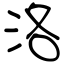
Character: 洛